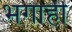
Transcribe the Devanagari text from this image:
भगाही